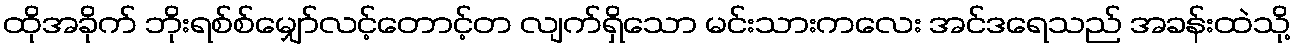
ထိုအခိုက် ဘိုးရစ်စ်မျှော်လင့်တောင့်တ လျက်ရှိသော မင်းသားကလေး အင်ဒရေသည် အခန်းထဲသို့